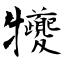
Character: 犪